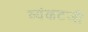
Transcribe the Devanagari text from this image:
व्यंकटजी